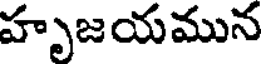
హృజయమున